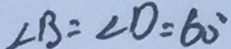
\angle B = \angle D = 6 0 ^ { \circ }